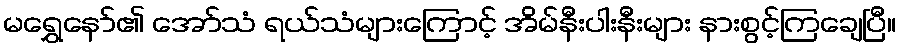
မရွှေနော်၏ အော်သံ ရယ်သံများကြောင့် အိမ်နီးပါးနီးများ နားစွင့်ကြချေပြီ။